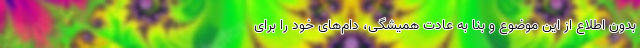
بدون اطلاع از این موضوع و بنا به عادت همیشگی، دام‌های خود را برای